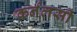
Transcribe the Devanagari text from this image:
कर्नलसी